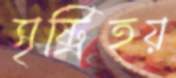
সৃষ্ট্রিহয়